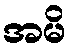
အမိ